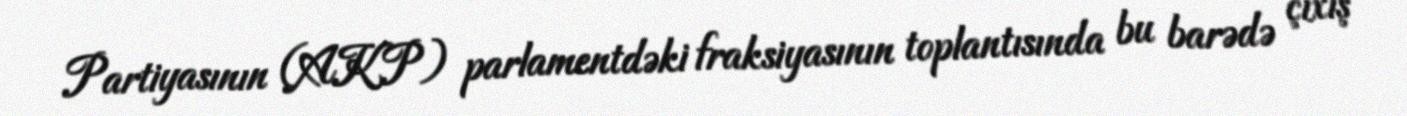
Partiyasının (AKP) parlamentdəki fraksiyasının toplantısında bu barədə çıxış